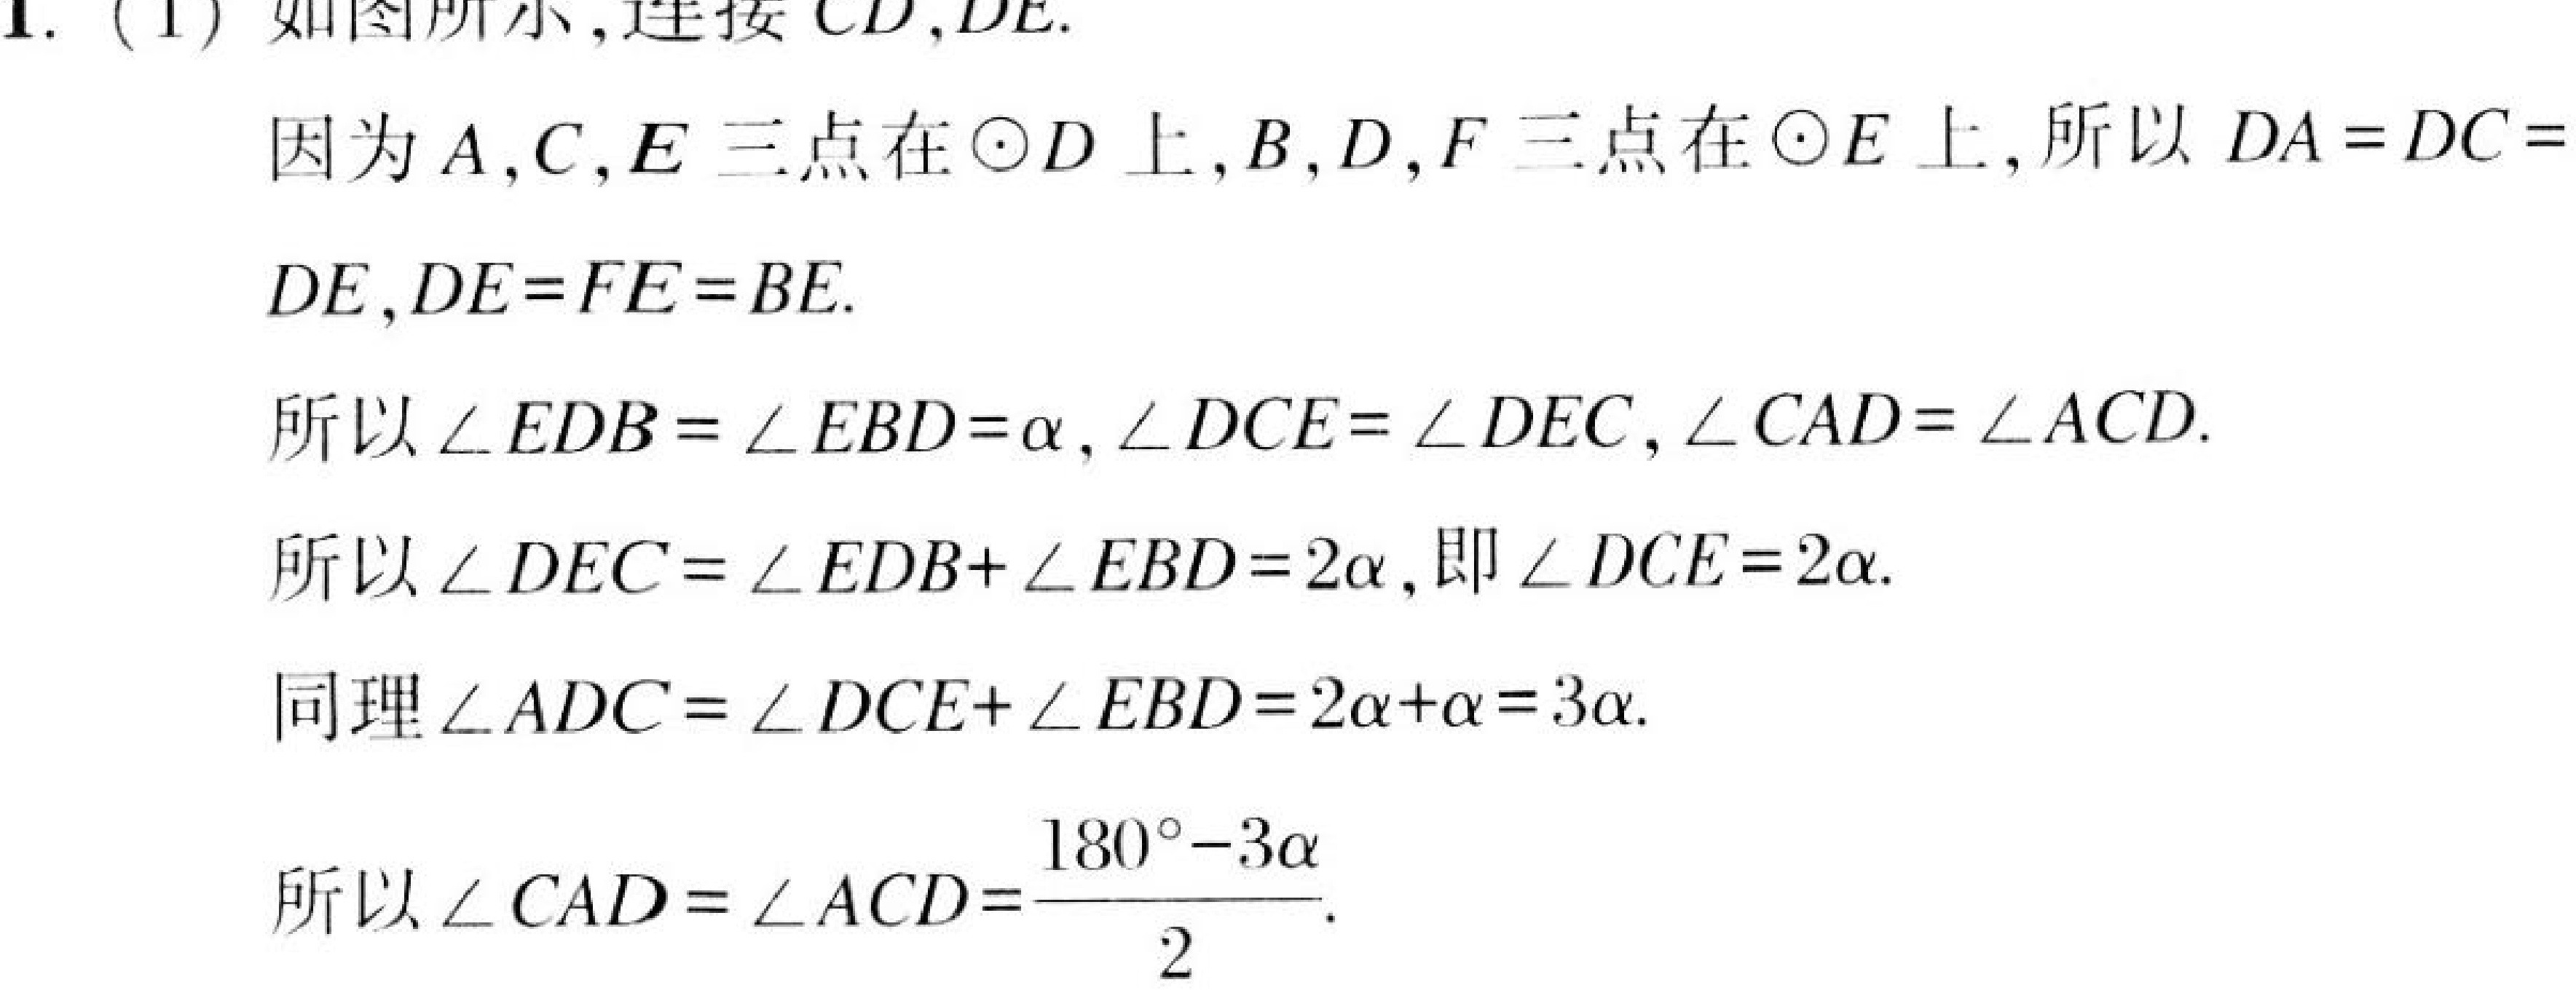
1. (1) 如图所示,连接 \(CD,DE\).
因为 \(A,C,E\) 三点在 \(\odot D\) 上,\(B,D,F\) 三点在 \(\odot E\) 上,所以 \(DA = DC = \)
\(DE\),\(DE = FE = BE\).
所以 \(\angle EDB=\angle EBD = \alpha\),\(\angle DCE=\angle DEC\),\(\angle CAD=\angle ACD\).
所以 \(\angle DEC=\angle EDB + \angle EBD = 2\alpha\),即 \(\angle DCE = 2\alpha\).
同理 \(\angle ADC=\angle DCE+\angle EBD = 2\alpha+\alpha = 3\alpha\).
所以 \(\angle CAD=\angle ACD=\dfrac{180^{\circ}-3\alpha}{2}\).